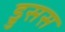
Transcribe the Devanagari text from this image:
ड्रुसस